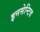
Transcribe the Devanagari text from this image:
इनसेन्टिव